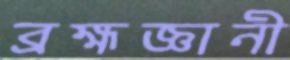
ব্রহ্মজ্ঞানী